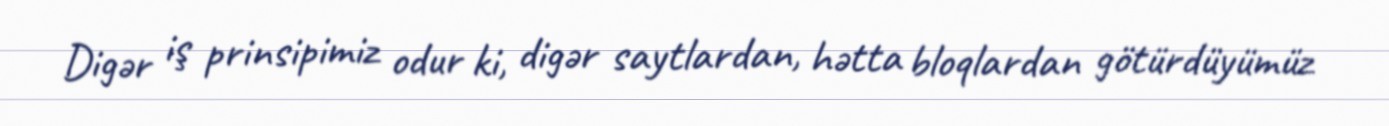
Digər iş prinsipimiz odur ki, digər saytlardan, hətta bloqlardan götürdüyümüz